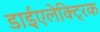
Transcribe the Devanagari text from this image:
डाईएलेक्ट्रिक